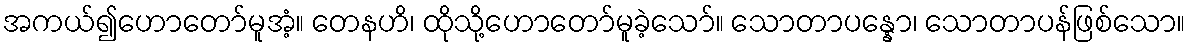
အကယ်၍ဟောတော်မူအံ့။ တေနဟိ၊ ထိုသို့ဟောတော်မူခဲ့သော်။ သောတာပန္နော၊ သောတာပန်ဖြစ်သော။